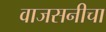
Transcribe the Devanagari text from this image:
वाजसनीचा